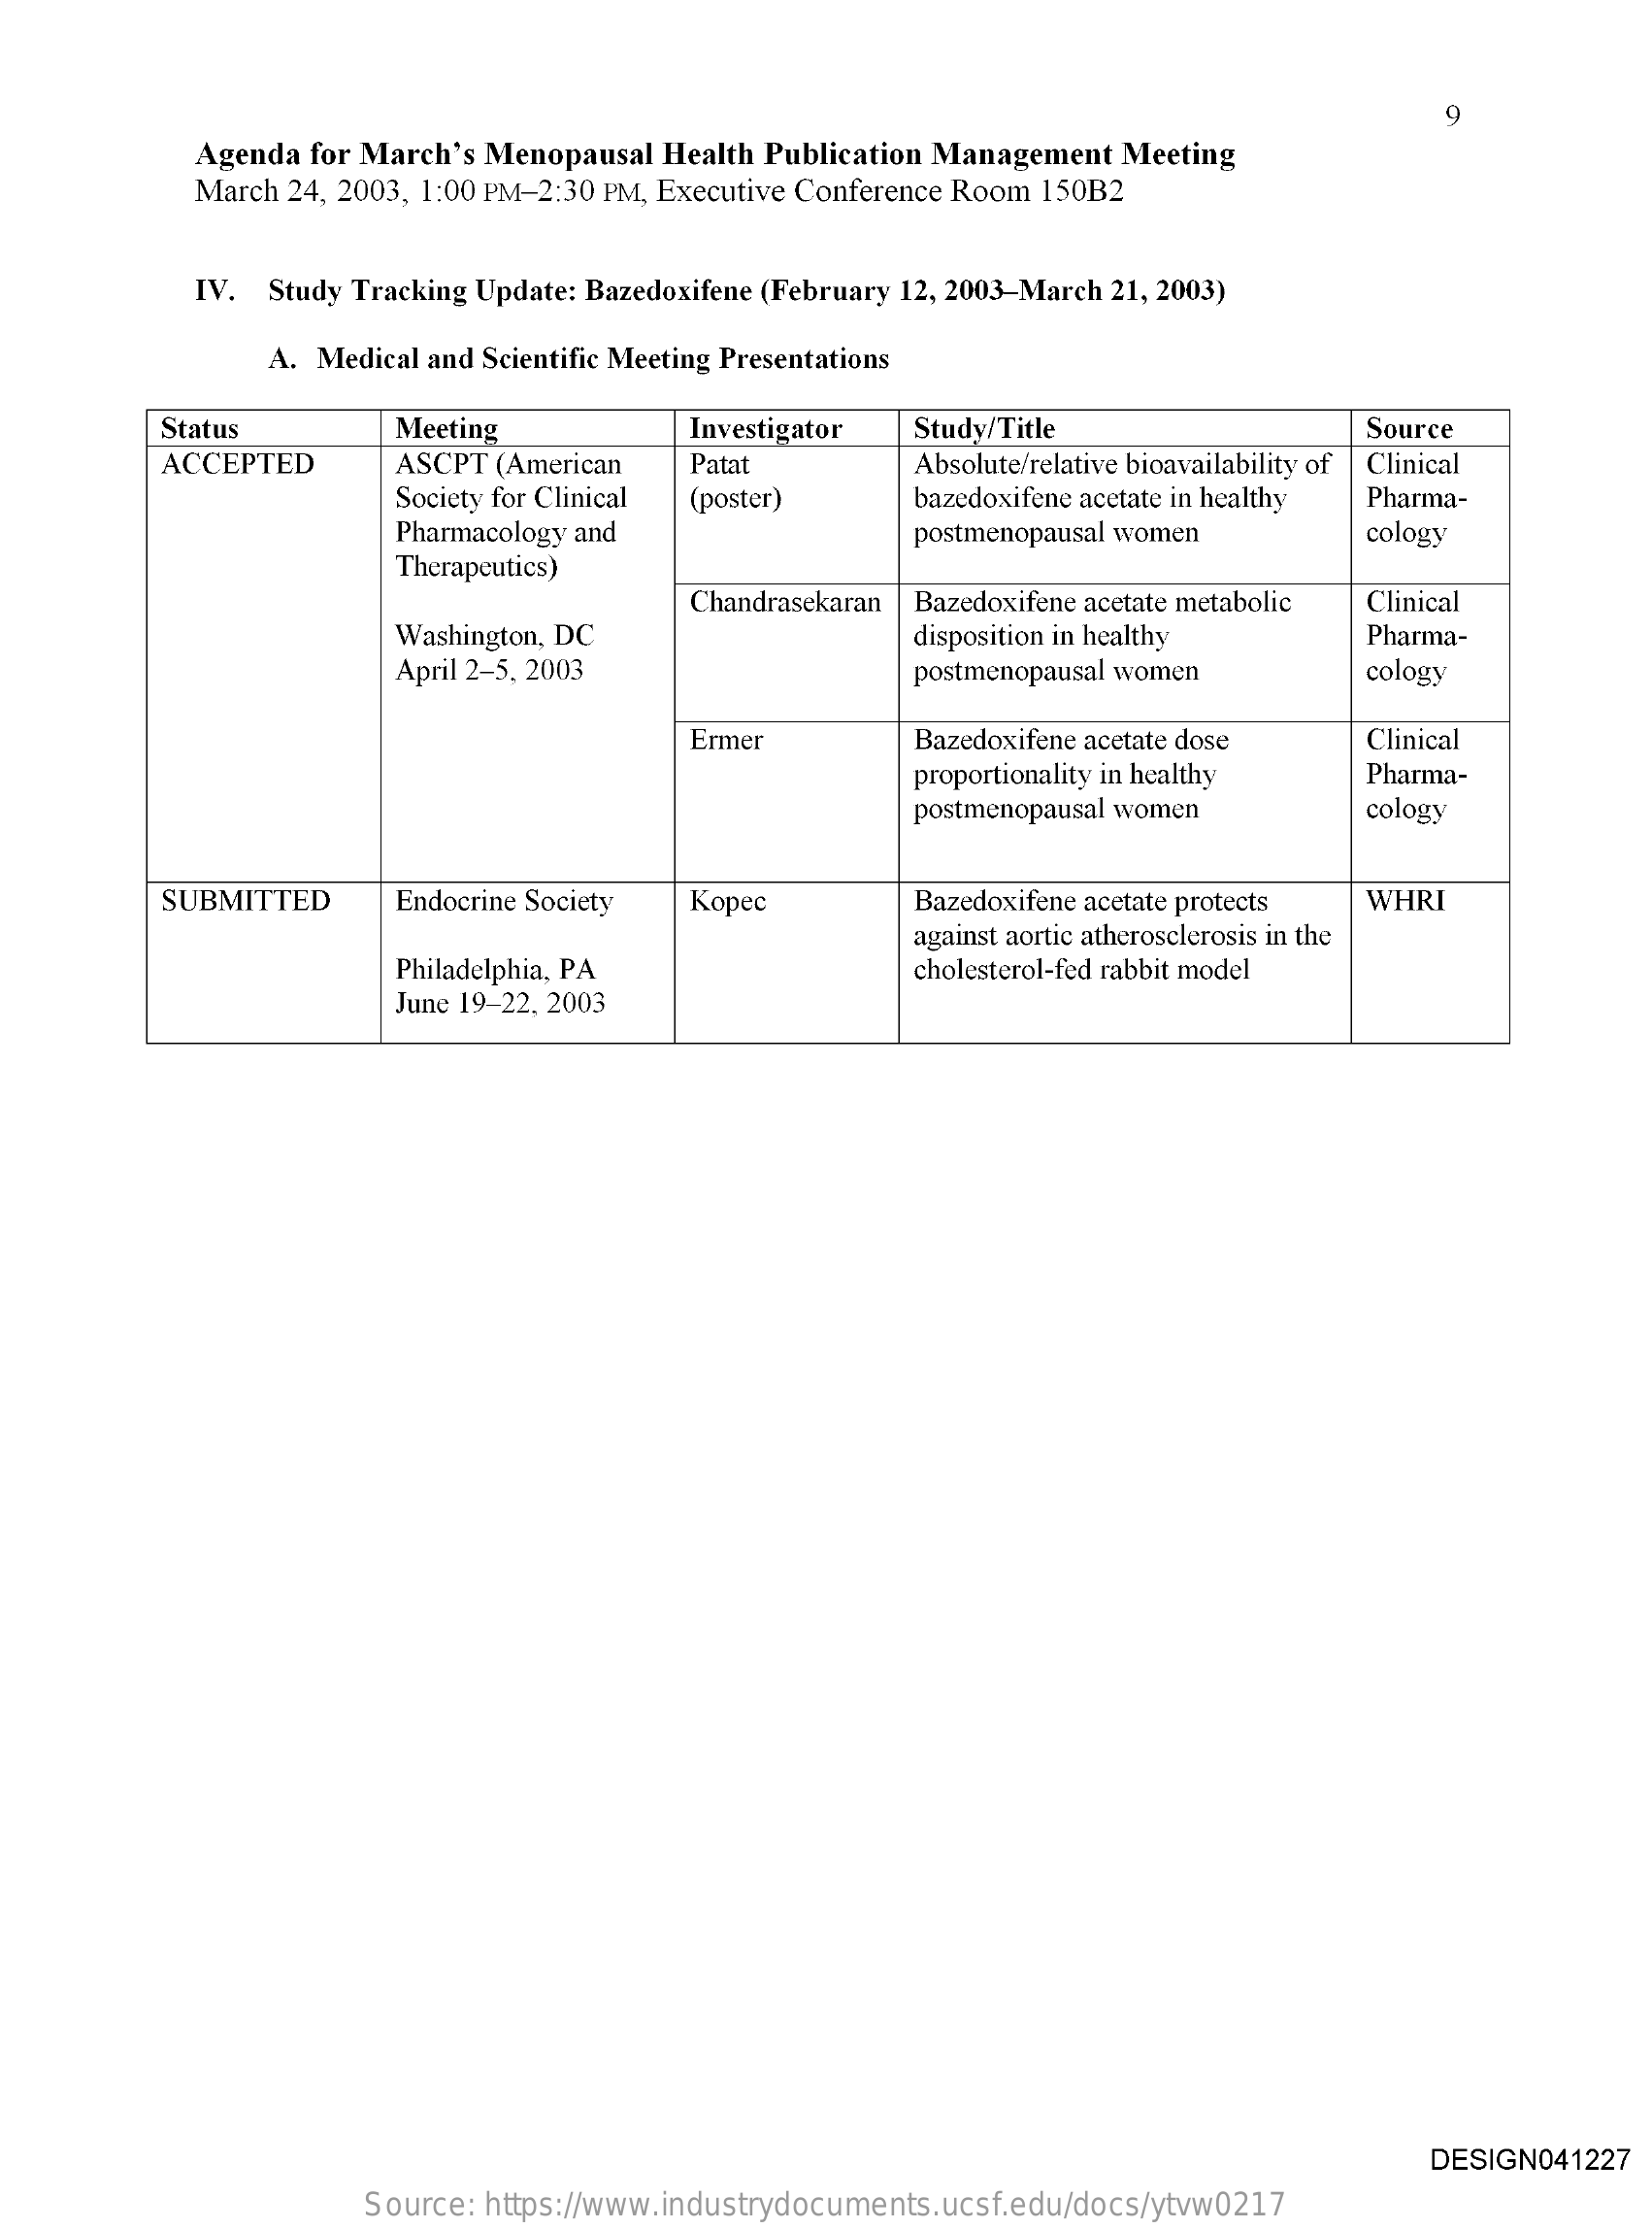
9
     Agenda for March's Menopausal Health Publication Management Meeting
     March 24, 2003, 1:00 PM-2:30 PM, Executive Conference Room 150B2
     IV. Study Tracking Update: Bazedoxifene (February 12, 2003-March 21, 2003)
     A. Medical and Scientific Meeting Presentations
     Status    Meeting    Investigator Study/Title    Source
     ACCEPTED    ASCPT (American Patat    Absolute/relative bioavailability of Clinical
     Society for Clinical    bazedoxifene acetate in healthy Pharma-
     Pharmacology and
     (poster)
     Therapeutics)
     postmenopausal women    cology
     Chandrasekaran    Clinical
     Washington, DC
     Bazedoxifene acetate metabolic
     disposition in healthy  Pharma-
     April 2-5, 2003    postmenopausal women    cology
     Ermer    Bazedoxifene acetate dose Clinical
     proportionality in healthy Pharma-
     postmenopausal women    cology
     SUBMITTED   Endocrine Society Kopec    Bazedoxifene acetate protects WHRI
     Philadelphia, PA
     against aortic atherosclerosis in the
     cholesterol-fed rabbit model
     June 19-22, 2003
     DESIGN041227
     Source: https://www.industrydocuments.ucsf.edu/docs/ytvw0217